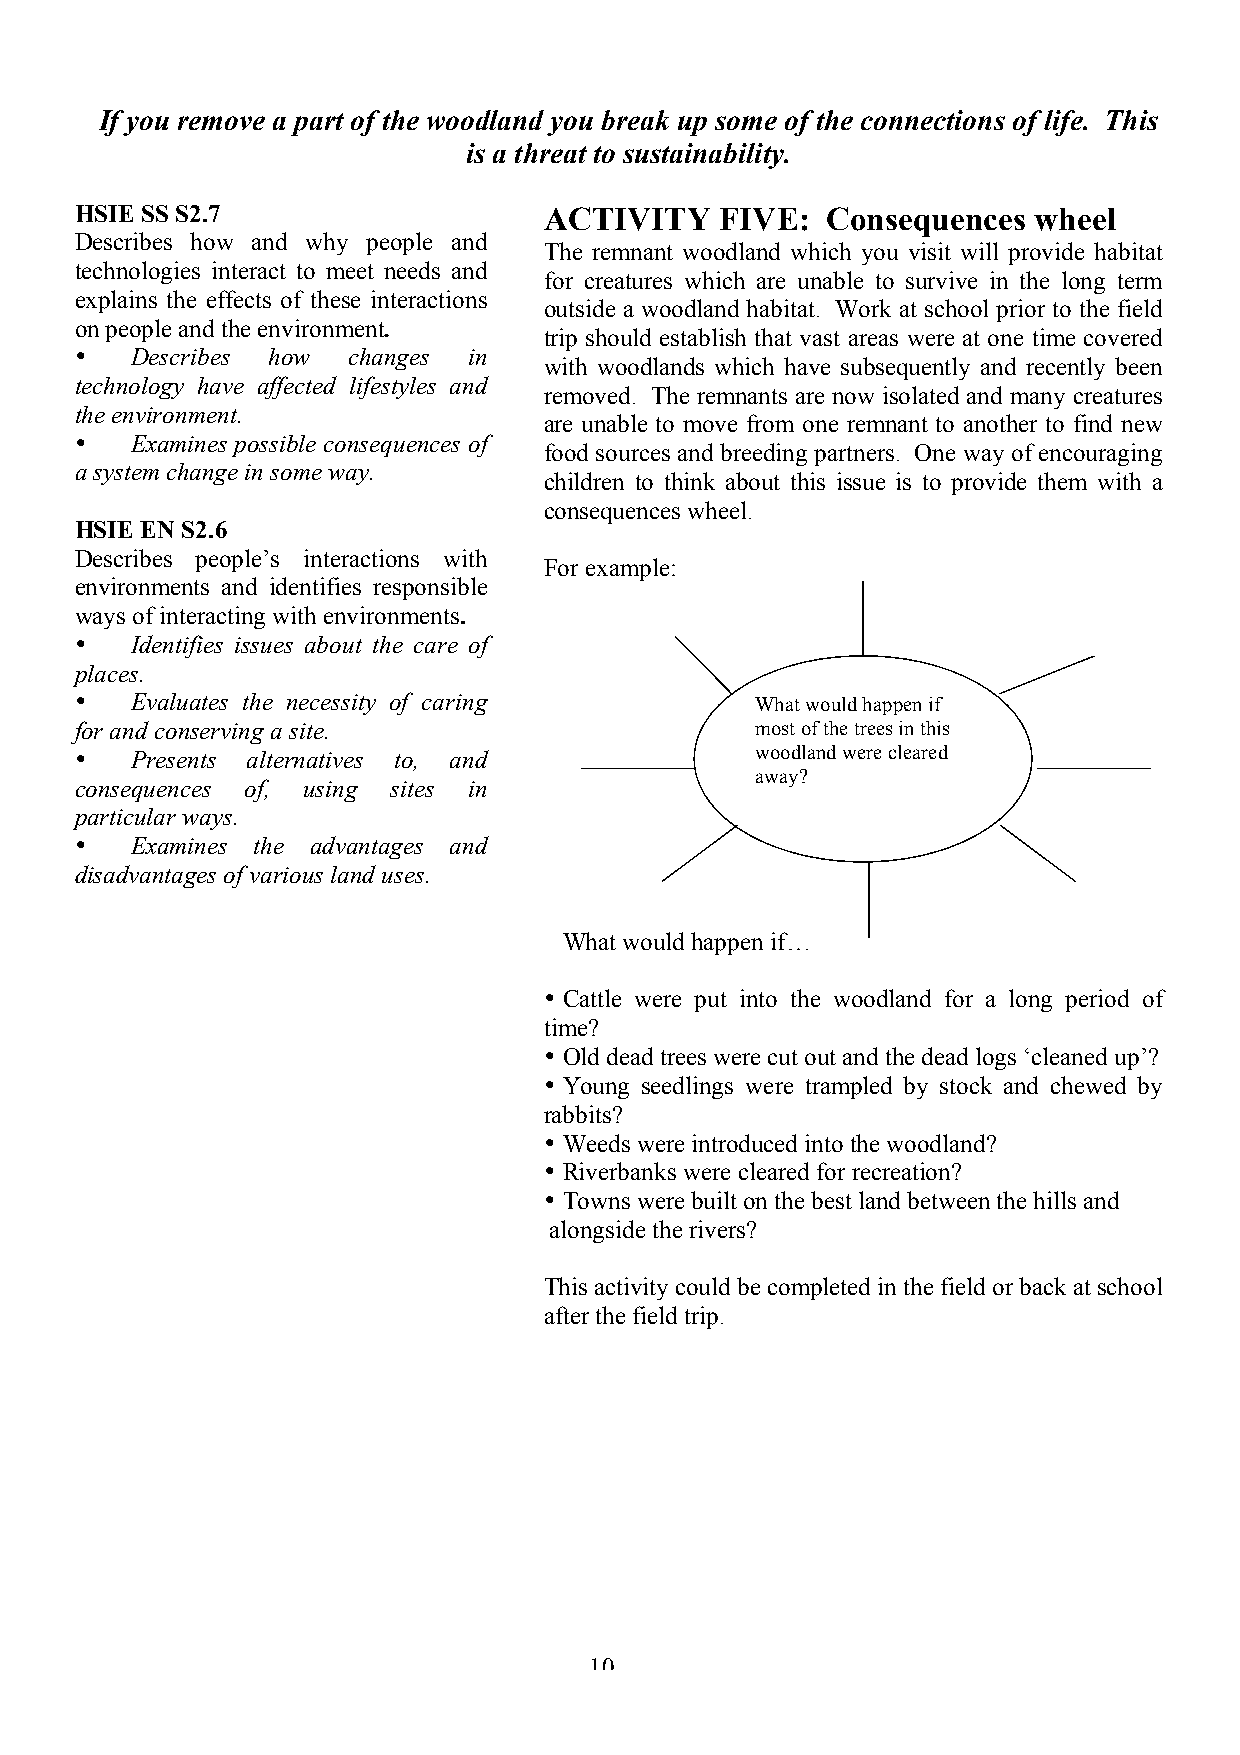
If you remove a part of the woodland you break up some of the connections of life. This
 is a threat to sustainability.
 HSIE SS S2.7                   ACTIVITY    FIVE:  Consequences  wheel
 Describes how and why people and
 The remnant woodland which you visit will provide habitat
 technologies interact to meet needs and
 for creatures which are unable to survive in the long term
 explains the effects of these interactions
 outside a woodland habitat. Work at school prior to the field
 on people and the environment.
 trip should establish that vast areas were at one time covered
 •   Describes how changes in
 with woodlands which have subsequently and recently been
 technology have affected lifestyles and
 removed. The remnants are now isolated and many creatures
 the environment.
 are unable to move from one remnant to another to find new
 •   Examines possible consequences of
 food sources and breeding partners. One way of encouraging
 a system change in some way.
 children to think about this issue is to provide them with a
 consequences wheel.
 HSIE EN S2.6
 Describes people’s interactions with
 For example:
 environments and identifies responsible
 ways of interacting with environments.
 •   Identifies issues about the care of
 places.
 •   Evaluates the necessity of caring        What would happen if
 for and conserving a site.                   most of the trees in this
 •   Presents alternatives to, and            woodland were cleared
 away?
 consequences of, using sites in
 particular ways.
 •   Examines the advantages and
 disadvantages of various land uses.
 What would happen if…
 • Cattle were put in to the woodland for a long period of
 time?
 • Old dead trees were cut out and the dead logs ‘cleaned up’?
 • Young seedlings were trampled by stock and chewed by
 rabbits?
 • Weeds were introduced into the woodland?
 • Riverbanks were cleared for recreation?
 • Towns were built on the best land between the hills and
 alongside the rivers?
 This activity could be completed in the field or back at school
 after the field trip.
 10